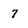
Character: 7